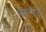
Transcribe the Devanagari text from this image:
नवरंगदे